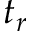
t _ { r }